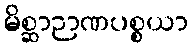
မိစ္ဆာဉာဏပစ္စယာ